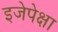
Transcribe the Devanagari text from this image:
इजेपेक्षा